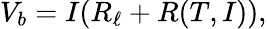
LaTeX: V_{b}=I(R_{\ell}+R(T,I)),